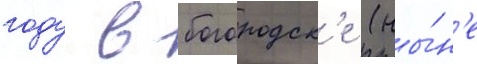
году в богородск'е (ны́н'е